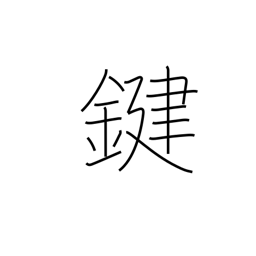
Meaning: key